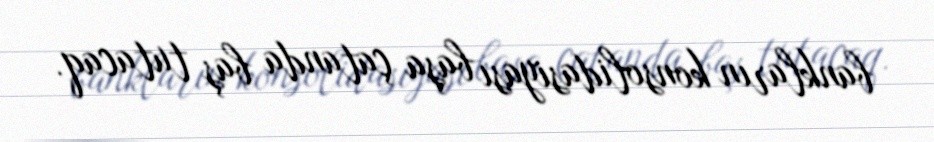
bankların konsolidasiyası başa çatanda baş tutacaq.